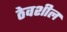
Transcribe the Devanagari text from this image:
ठेवशील